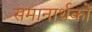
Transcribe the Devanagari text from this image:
समानार्थकों